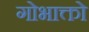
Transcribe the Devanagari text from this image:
गोभाक्तो